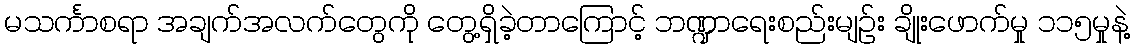
မသင်္ကာစရာ အချက်အလက်တွေကို တွေ့ရှိခဲ့တာကြောင့် ဘဏ္ဍာရေးစည်းမျဉ်း ချိုးဖောက်မှု ၁၁၅မှုနဲ့